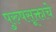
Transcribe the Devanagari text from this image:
पुरुषसूक्ताचे